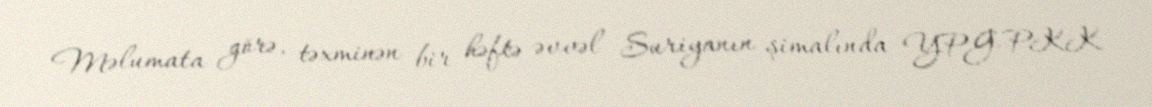
Məlumata görə, təxminən bir həftə əvvəl Suriyanın şimalında YPG-PKK